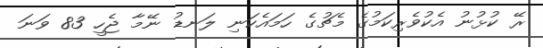
ރޭ ކުޅުނު އެކުވެރިކަމުގެ މެޗުގެ ހަމައެކަނި ލަނޑު ނޭމާ ޖެހީ 83 ވަނަ